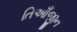
તિઆઁજીન